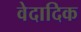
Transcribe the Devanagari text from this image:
वेदादिक